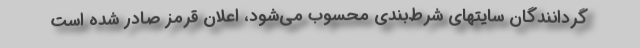
گردانندگان سایتهای شرط‌بندی محسوب می‌شود، اعلان قرمز صادر شده است